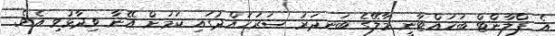
އެ ޕްލާންޓް ބަހައްޓާނީ މާލޭގެ ބަނދަރު ސަރަހައްދުގައި ކަމަށް އޭނާ ވިދާޅުވި އެވެ.